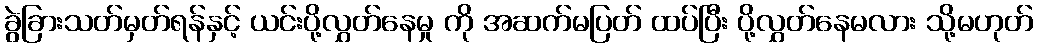
ခွဲခြားသတ်မှတ်ရန်နှင့် ယင်းပို့လွှတ်နေမှု ကို အဆက်မပြတ် ထပ်ပြီး ပို့လွှတ်နေမလား သို့မဟုတ်